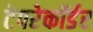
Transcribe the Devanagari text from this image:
टेपरेकॉर्डर